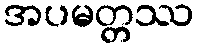
အပမတ္တဿ